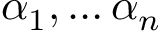
\alpha _ { 1 } , \ldots \alpha _ { n }